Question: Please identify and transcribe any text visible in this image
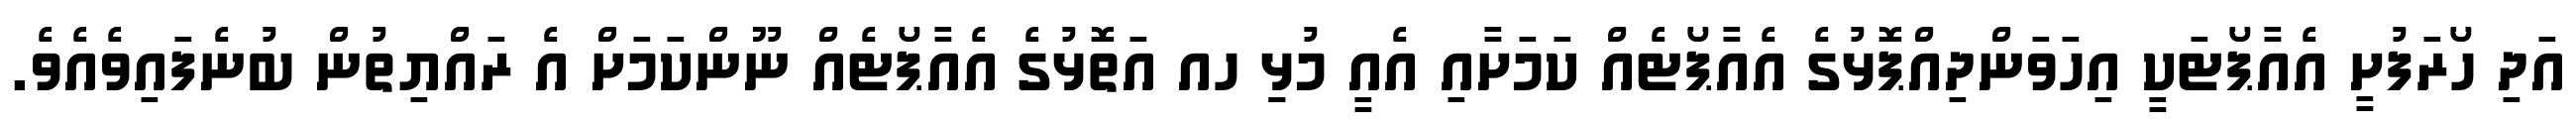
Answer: އަދި ހޯރަފުށީ އެއާޕޯޓަކީ އިހަވަންދިއްޕޮޅުގެ އެއާޕޯޓެއް ކަމަށާއި އެއީ މުޅިި ހއ އަތޮޅުގެ އެއާޕޯޓެއް ނޫންކަމަށް އެ ރައްޔިތުން ބުނެފައިވެއެވެ.